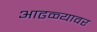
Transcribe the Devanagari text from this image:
आढळ्यावर